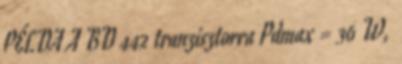
PÉLDA A BD 442 tranzisztorra Pdmax = 36 W,